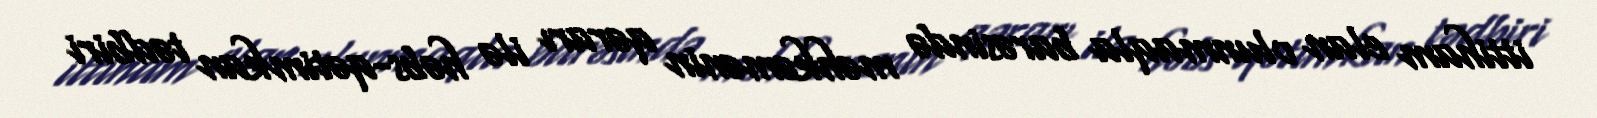
ittiham elan olunmaqla barəsində məhkəmənin qərarı ilə həbs-qətimkan tədbiri